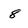
Character: 8